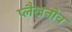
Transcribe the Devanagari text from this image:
प्लैखनोव